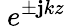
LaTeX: ~e^{\pm\mathbf{j}kz}